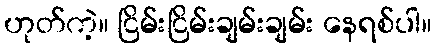
ဟုတ်ကဲ့။ ငြိမ်းငြိမ်းချမ်းချမ်း နေရစ်ပါ။